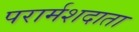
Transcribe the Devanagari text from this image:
परार्मशदाता